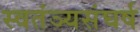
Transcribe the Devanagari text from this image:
स्वतंञ्यसंघर्ष